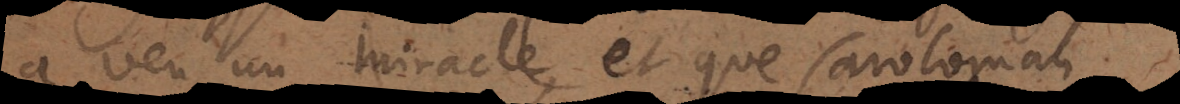
a vu un miracle, et que Caroloman